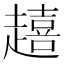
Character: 𮚿